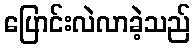
ပြောင်းလဲလာခဲ့သည်